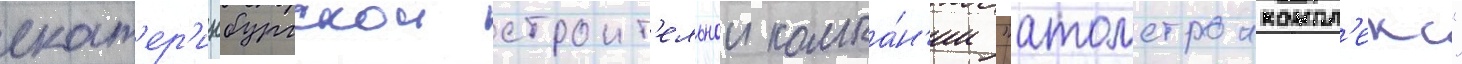
екат'ер'инбургскои строит'ельнои компа́н'ии "атомстроикомпл'екс"